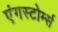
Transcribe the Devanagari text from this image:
एंगस्टोर्म्स